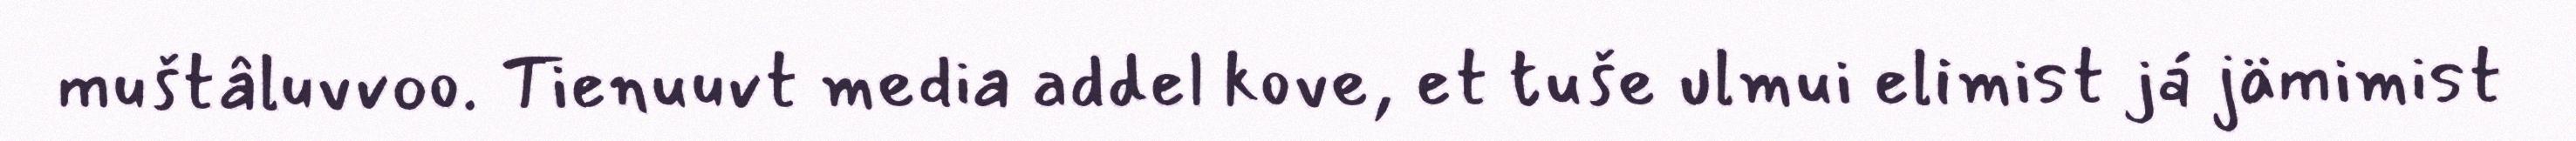
muštâluvvoo. Tienuuvt media addel kove, et tuše ulmui elimist já jämimist